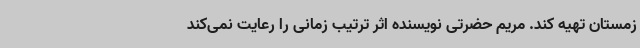
زمستان تهیه کند. مریم حضرتی نویسنده اثر ترتیب زمانی را رعایت نمی‌کند